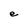
Character: e